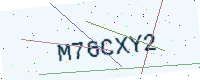
Text: M76CXY2